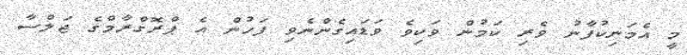
މިީ އެމަނިކުފާނު ވެރި ކަމުން ވަކިވެ ވަޑައިގެންނެވި ފަހުން އެ ޕްރޮގްރާމްގެ ޖަލްސާ